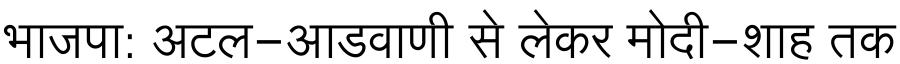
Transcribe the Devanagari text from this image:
भाजपा: अटल-आडवाणी से लेकर मोदी-शाह तक